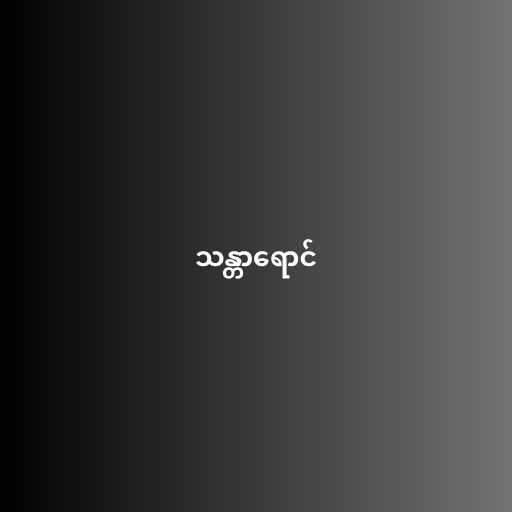
သန္တာရောင်